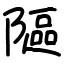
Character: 䧢